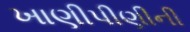
ખાણીપીણીની